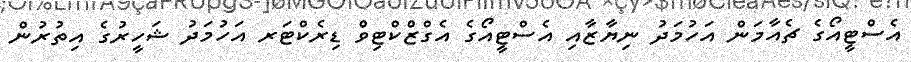
އެސްޓީއޯގެ ޗެއާމަން އަހުމަދު ނިޔާޒާއި އެސްޓީއޯގެ އެގްޒްކްޓިވް ޑިރެކްޓަރ އަހުމަދު ޝަހީރުގެ އިތުރުން